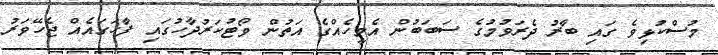
މުސްކުޅިވެ ގައި ބާރު ދެރަވުމުގެ ސަބަބުން އެމީހެއްގެ އަތުން ވޯޓުކަރުދާހުގައި ފާހަގައެއް ޖެހޭވަރު